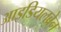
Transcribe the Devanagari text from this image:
आइडियलब्रेन